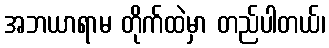
အဘယာရာမ တိုက်ထဲမှာ တည်ပါတယ်၊